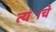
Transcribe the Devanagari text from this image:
त्यंाचे